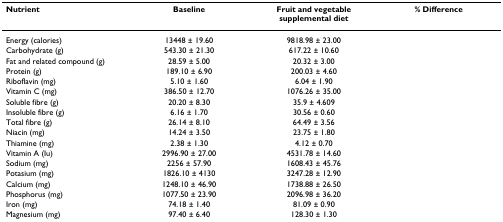
<table><thead><tr><td><b>Nutrient</b></td><td><b>Baseline</b></td><td><b>Fruit and vegetable supplemental diet</b></td><td><b>% Difference</b></td></tr></thead><tbody><tr><td>Energy (calories)</td><td>13448 ± 19.60</td><td>9818.98 ± 23.00</td><td></td></tr><tr><td>Carbohydrate (g)</td><td>543.30 ± 21.30</td><td>617.22 ± 10.60</td><td></td></tr><tr><td>Fat and related compound (g)</td><td>28.59 ± 5.00</td><td>20.32 ± 3.00</td><td></td></tr><tr><td>Protein (g)</td><td>189.10 ± 6.90</td><td>200.03 ± 4.60</td><td></td></tr><tr><td>Riboflavin (mg)</td><td>5.10 ± 1.60</td><td>6.04 ± 1.90</td><td></td></tr><tr><td>Vitamin C (mg)</td><td>386.50 ± 12.70</td><td>1076.26 ± 35.00</td><td></td></tr><tr><td>Soluble fibre (g)</td><td>20.20 ± 8.30</td><td>35.9 ± 4.609</td><td></td></tr><tr><td>Insoluble fibre (g)</td><td>6.16 ± 1.70</td><td>30.56 ± 0.60</td><td></td></tr><tr><td>Total fibre (g)</td><td>26.14 ± 8.10</td><td>64.49 ± 3.56</td><td></td></tr><tr><td>Niacin (mg)</td><td>14.24 ± 3.50</td><td>23.75 ± 1.80</td><td></td></tr><tr><td>Thiamine (mg)</td><td>2.38 ± 1.30</td><td>4.12 ± 0.70</td><td></td></tr><tr><td>Vitamin A (Iu)</td><td>2996.90 ± 27.00</td><td>4531.78 ± 14.60</td><td></td></tr><tr><td>Sodium (mg)</td><td>2256 ± 57.90</td><td>1608.43 ± 45.76</td><td></td></tr><tr><td>Potasium (mg)</td><td>1826.10 ± 4130</td><td>3247.28 ± 12.90</td><td></td></tr><tr><td>Calcium (mg)</td><td>1248.10 ± 46.90</td><td>1738.88 ± 26.50</td><td></td></tr><tr><td>Phosphorus (mg)</td><td>1077.50 ± 23.90</td><td>2096.98 ± 36.20</td><td></td></tr><tr><td>Iron (mg)</td><td>74.18 ± 1.40</td><td>81.09 ± 0.90</td><td></td></tr><tr><td>Magnesium (mg)</td><td>97.40 ± 6.40</td><td>128.30 ± 1.30</td><td></td></tr></tbody></table>